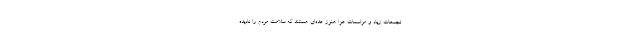
تجمعات زیاد و مراسمات عزا هنوز عده‌ای هستند که سلامت مردم را نادیده